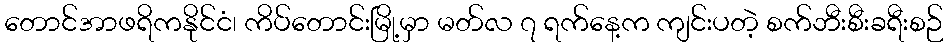
တောင်အာဖရိကနိုင်ငံ၊ ကိပ်တောင်းမြို့မှာ မတ်လ ၇ ရက်နေ့က ကျင်းပတဲ့ စက်ဘီးစီးခရီးစဉ်